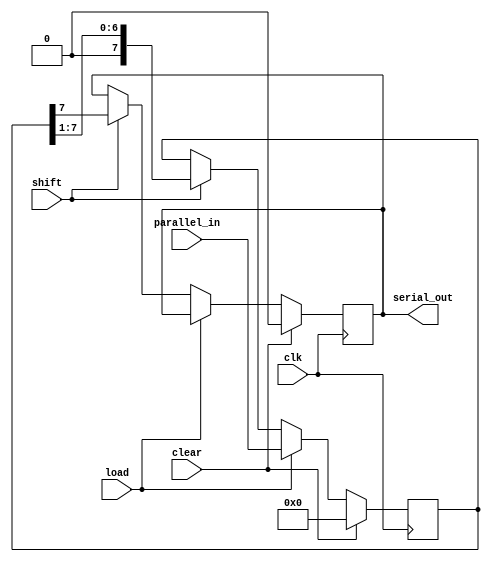
module PISO_Register #(parameter N = 8) (
    input wire              clk,       // Clock signal
    input wire              load,      // Parallel load control signal
    input wire              shift,     // Shift control signal
    input wire              clear,     // Clear control signal
    input wire [N-1:0]     parallel_in,// Parallel input data
    output reg             serial_out  // Serial output data
);

    // Internal storage for the PISO register
    reg [N-1:0] input_reg;  // Input register (used to hold parallel data)
    reg [N-1:0] shift_reg;   // Shift register (used for serial output)

    always @(posedge clk) begin
        if (clear) begin
            // Clear the registers
            input_reg <= 0;
            shift_reg <= 0;
            serial_out <= 0;
        end else if (load) begin
            // Load parallel data into the input register
            input_reg <= parallel_in;
            shift_reg <= parallel_in; // Initialize shift register with input data
        end else if (shift) begin
            // Shift the data out
            serial_out <= shift_reg[N-1]; // Output the MSB of shift register
            shift_reg <= {1'b0, shift_reg[N-1:1]}; // Shift right, MSB goes out
        end
    end
    
endmodule